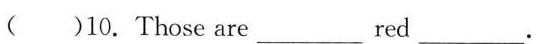
()10. Those are ___ red ___ .